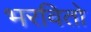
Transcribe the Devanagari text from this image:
भरवितो